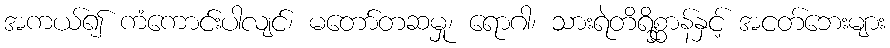
အကယ်၍ ကံကောင်းပါလျင်၊ မတော်တဆမှု၊ ရောဂါ၊ သားရဲတိရိစ္ဆာန်နှင့် အငတ်ဘေးများ